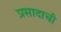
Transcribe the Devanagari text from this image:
प्रसादाची